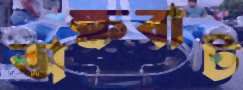
অক্ষবাট